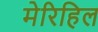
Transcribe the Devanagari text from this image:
मेरिहिल